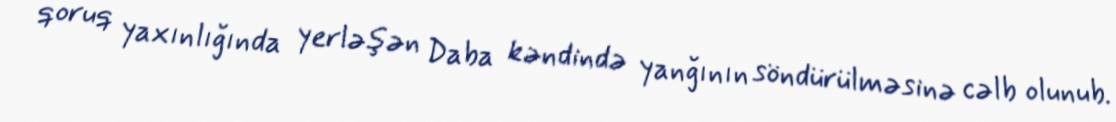
qoruq yaxınlığında yerləşən Daba kəndində yanğının söndürülməsinə cəlb olunub.